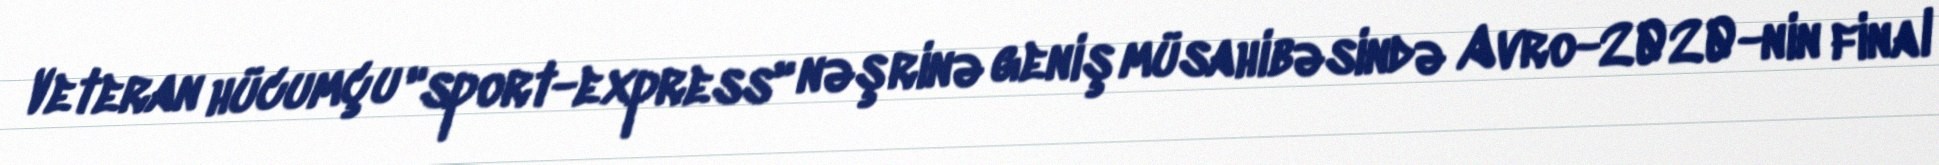
Veteran hücumçu "sport-express" nəşrinə geniş müsahibəsində Avro-2020-nin final